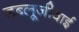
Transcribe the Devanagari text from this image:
डब्लूजीवाई